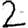
Digit: 2